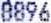
8896